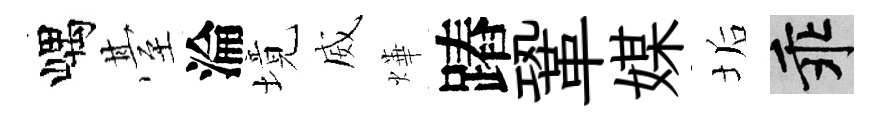
嵎䑓淪境威燁蹖鞏媒垢乖